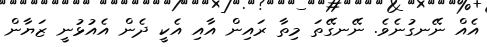
އެއް ނޭނގުނެވެ. ނޭނގޭތަ މިތާ ރައިން އާއި އެކީ ދެން އެއުޅުނީ ޒަޔާން